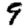
Digit: 9